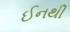
ઈનથી